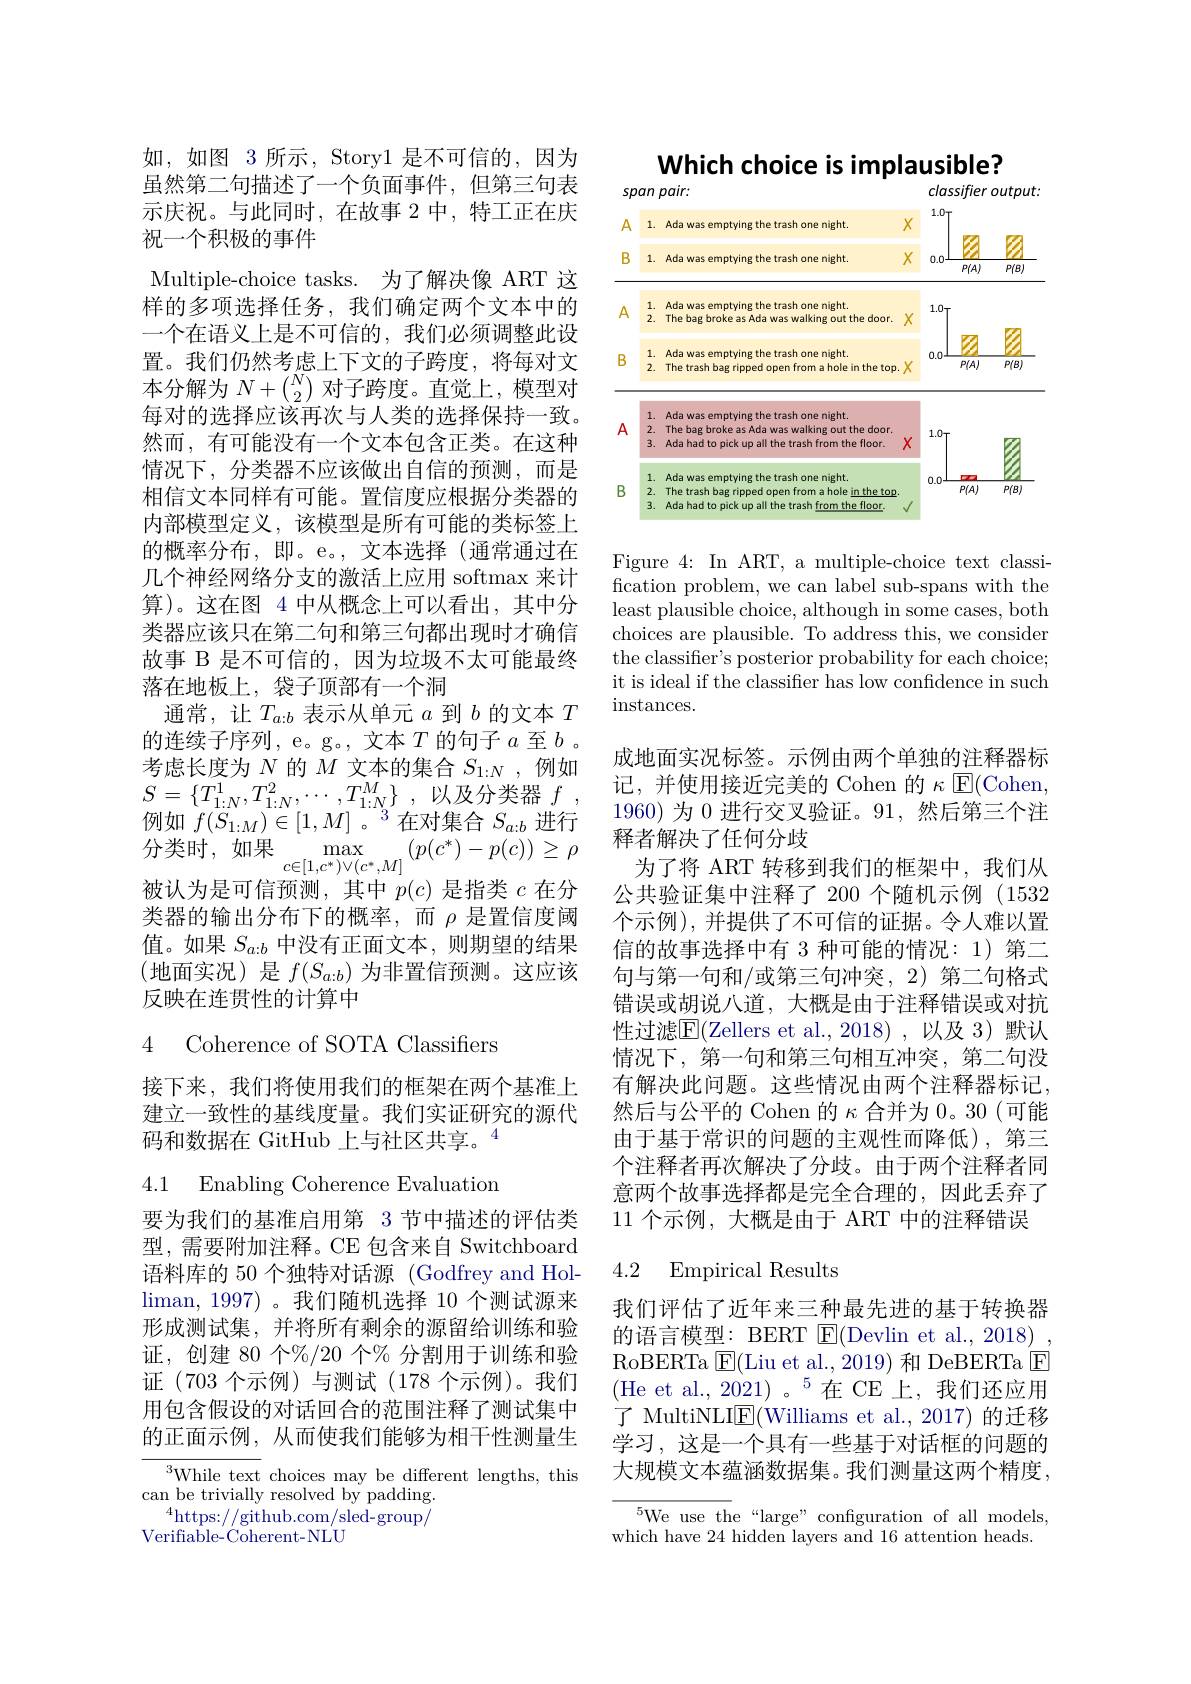
如，如图 3 所示，Story1 是不可信的，因为虽然第二句描述了一个负面事件，但第三句表示庆祝。与此同时，在故事 2 中，特工正在庆祝一个积极的事件
Multiple-choice tasks. 为了解决像 ART 这样的多项选择任务，我们确定两个文本中的一个在语义上是不可信的，我们必须调整此设置。我们仍然考虑上下文的子跨度，将每对文本分解为$N+\binom N2$对子跨度。直觉上，模型对每对的选择应该再次与人类的选择保持一致。然而，有可能没有一个文本包含正类。在这种情况下，分类器不应该做出自信的预测，而是相信文本同样有可能。置信度应根据分类器的内部模型定义，该模型是所有可能的类标签上的概率分布，即。e。,文本选择(通常通过在几个神经网络分支的激活上应用 softmax 来计算)。这在图 4 中从概念上可以看出，其中分类器应该只在第二句和第三句都出现时才确信故事 B 是不可信的，因为垃圾不太可能最终落在地板上，袋子顶部有一个洞
通常，让$T_a:b$表示从单元$a$到$b$的文本$T$ 的连续子序列，e。g。, 文本$T$的句子$a$至$b$ 。考虑长度为$N$的$M$文本的集合$S_1:N$ ,例如$S= \{ T_{1: N}^{1}, T_{1: N}^{2}, \cdots , T_{1: N}^{M}\}$ ,以及分类器 $f$ 例如$f(S_{1:M})\in[1,M]$ 。$^3$在对集合$S_a:b$进行分类时，如果 $\max$
$\max_{c\in[1,c^*)\lor(c^*,M]}\left(p(c^*)-p(c)\right)\geq\rho$
被认为是可信预测，其中$p(c)$是指类$c$在分类器的输出分布下的概率，而$\rho$是置信度阈值。如果$S_a:b$中没有正面文本，则期望的结果(地面实况)是 $f(S_{a:b})$ 为非置信预测。这应该反映在连贯性的计算中

## 4 Coherence of SOTA Classifiers

接下来，我们将使用我们的框架在两个基准上建立一致性的基线度量。我们实证研究的源代码和数据在 GitHub 上与社区共享。$^{4}$

4.1 Enabling Coherence Evaluation

要为我们的基准启用第 3 节中描述的评估类型，需要附加注释。CE 包含来自 Switchboard 语料库的 50 个独特对话源 (Godfrey and Hol- $\operatorname*{liman,}1997)$。我们随机选择 10 个测试源来形成测试集，并将所有剩余的源留给训练和验证，创建 80 个%/20 个% 分割用于训练和验证(703 个示例)与测试(178 个示例)。我们用包含假设的对话回合的范围注释了测试集中的正面示例，从而使我们能够为相干性测量生

$^{3}$While text choices may be different lengths, this
can be trivially resolved by padding.
$^{4}$https://github.com/sled-group/
Verifiable-Coherent-NLU

Which choice is implausible?

<FigureHere>

Figure 4: In ART, a multiple-choice text classification problem, we can label sub-spans with the least plausible choice, although in some cases, both choices are plausible. To address this, we consider the classifier's posterior probability for each choice; it is ideal if the classifier has low confidence in such $\operatorname{instances}.$

成地面实况标签。示例由两个单独的注释器标记，并使用接近完美的 Cohen 的$\kappa$ E(Cohen, 1960) 为 0 进行交叉验证。91, 然后第三个注释者解决了任何分歧
为了将 ART 转移到我们的框架中，我们从公共验证集中注释了 200 个随机示例(1532个示例),并提供了不可信的证据。令人难以置信的故事选择中有 3 种可能的情况：1)第二句与第一句和/或第三句冲突，2)第二句格式错误或胡说八道，大概是由于注释错误或对抗性过滤$\overline{\mathrm{E}}($Zellers et al.,2018),以及 3) 默认情况下，第一句和第三句相互冲突，第二句没有解决此问题。这些情况由两个注释器标记， 然后与公平的 Cohen 的$\kappa$合并为 0。30(可能由于基于常识的问题的主观性而降低),第三个注释者再次解决了分歧。由于两个注释者同意两个故事选择都是完全合理的，因此丢弃了11 个示例，大概是由于 ART 中的注释错误

### 4.2 Empirical Results

我们评估了近年来三种最先进的基于转换器的语言模型：BERT $\operatorname{E}($Devlin et al., 2018) , RoBERTa $\boxtimes$E(Liu et al., 2019) 和 DeBERTa E (He et al., 2021)。$^{5}$在 CE 上，我们还应用了 MultiNLI$\underline{\mathrm{E}}($Williams et al.,2017) 的迁移学习，这是一个具有一些基于对话框的问题的大规模文本蕴涵数据集。我们测量这两个精度，

${}^{5}$We use the“large”configuration of all models, which have 24 hidden layers and 16 attention heads.